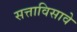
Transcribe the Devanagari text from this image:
सत्ताविसावे